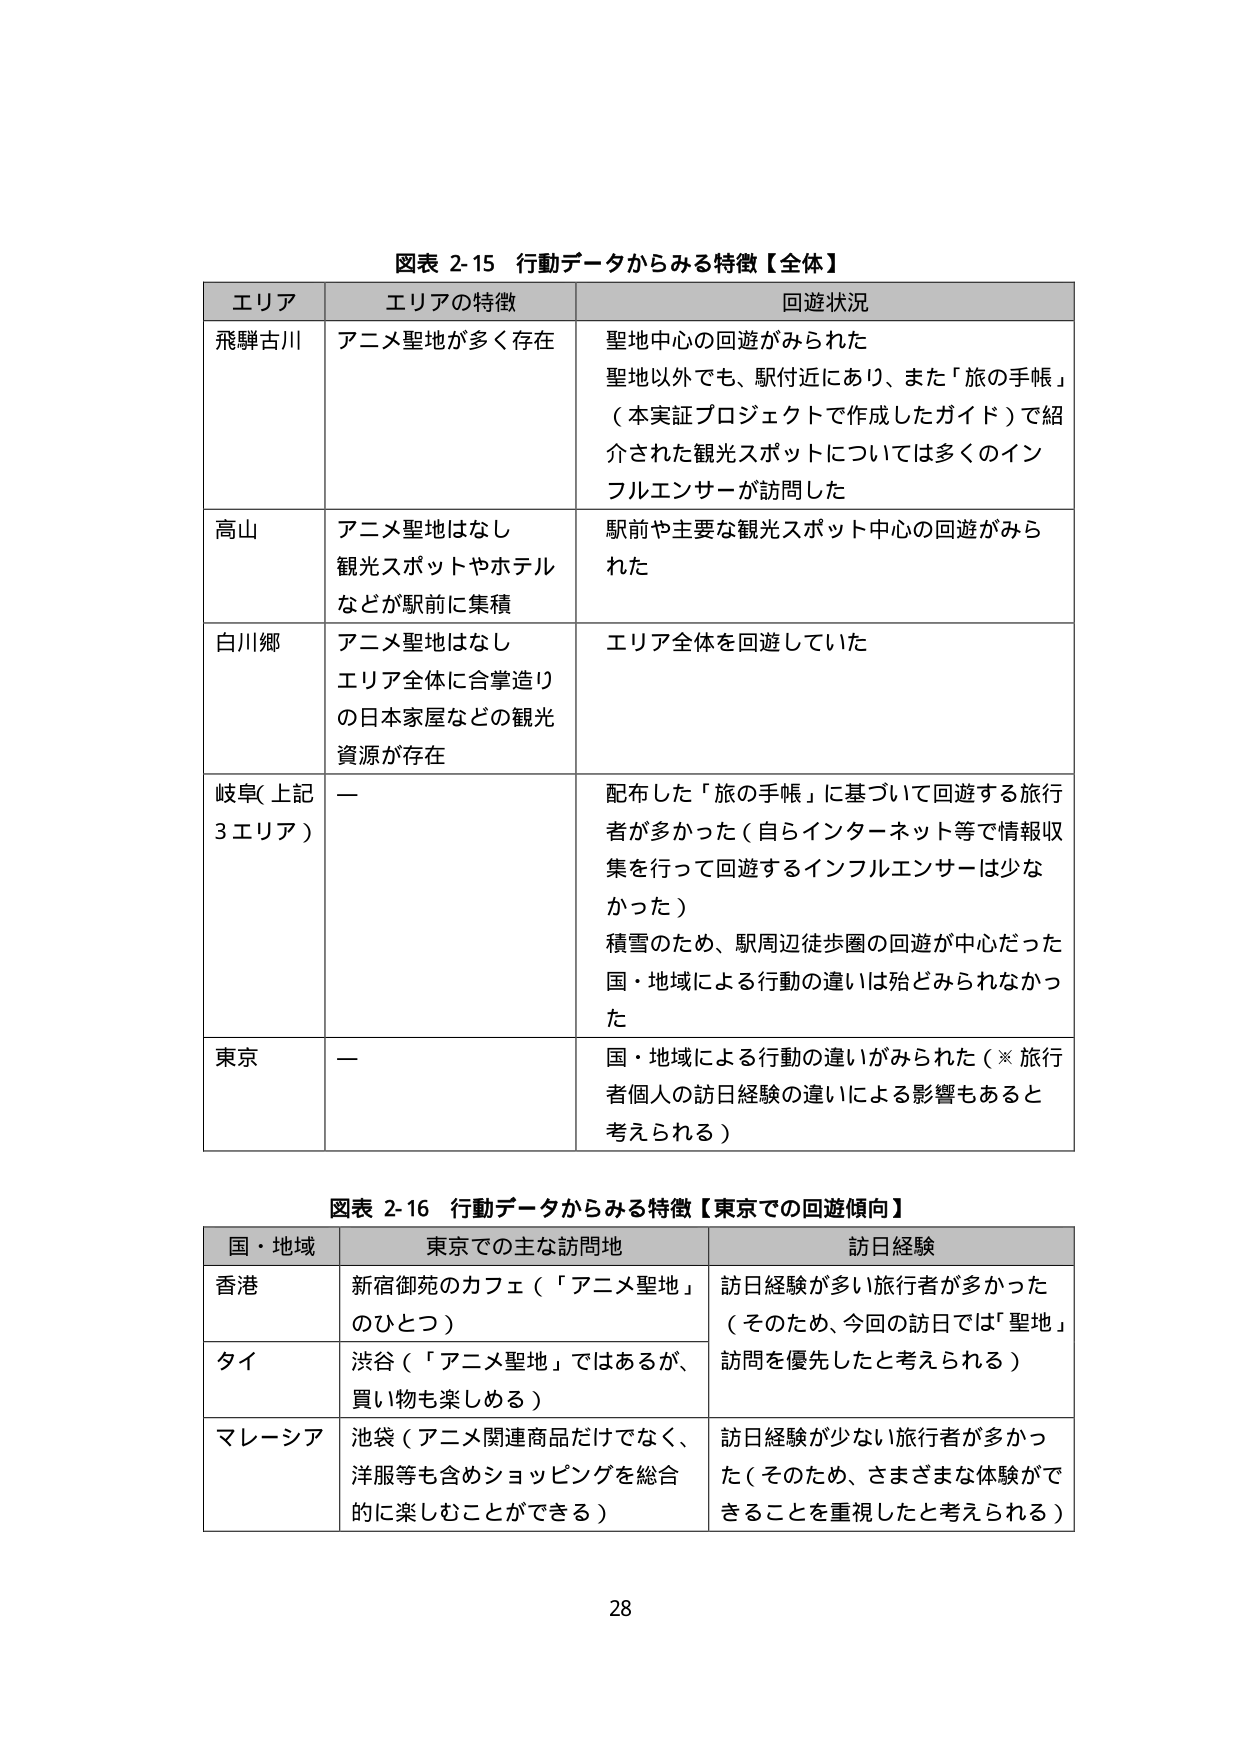
図表 2-15 行動データからみる特徴【全体】
エリア エリアの特徴 回遊状況
飛騨古川 アニメ聖地が多く存在 聖地中心の回遊がみられた
聖地以外でも、駅付近にあり、また「旅の手帳」
（本実証プロジェクトで作成したガイド）で紹
介された観光スポットについては多くのイン
フルエンサーが訪問した
高山 アニメ聖地はなし 駅前や主要な観光スポット中心の回遊がみら
観光スポットやホテル れた
などが駅前に集積
白川郷 アニメ聖地はなし エリア全体を回遊していた
エリア全体に合掌造り
の日本家屋などの観光
資源が存在
岐阜（上記 ー 配布した「旅の手帳」に基づいて回遊する旅行
3 エリア） 者が多かった（自らインターネット等で情報収
集を行って回遊するインフルエンサーは少な
かった）
積雪のため、駅周辺徒歩圏の回遊が中心だった
国・地域による行動の違いは殆どみられなかっ
た
東京 ー 国・地域による行動の違いがみられた（※旅行
者個人の訪日経験の違いによる影響もあると
考えられる）

図表 2-16 行動データからみる特徴【東京での回遊傾向】
国・地域 東京での主な訪問地 訪日経験
香港 新宿御苑のカフェ（「アニメ聖地」 訪日経験が多い旅行者が多かった
のひとつ） （そのため、今回の訪日では「聖地」
訪問を優先したと考えられる）
タイ 渋谷（「アニメ聖地」ではあるが、
買い物も楽しめる）
マレーシア 池袋（アニメ関連商品だけでなく、 訪日経験が少ない旅行者が多かっ
洋服等も含めショッピングを総合 た（そのため、さまざまな体験がで
的に楽しむことができる） きることを重視したと考えられる）

28